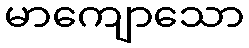
မာကျောသော